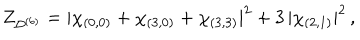
LaTeX: Z _ { \mathcal { D } ^ { ( 6 ) } } = | \chi _ { ( 0 , 0 ) } + \chi _ { ( 3 , 0 ) } + \chi _ { ( 3 , 3 ) } | ^ { 2 } + 3 \, | \chi _ { ( 2 , 1 ) } | ^ { 2 } \, ,